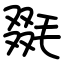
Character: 毲